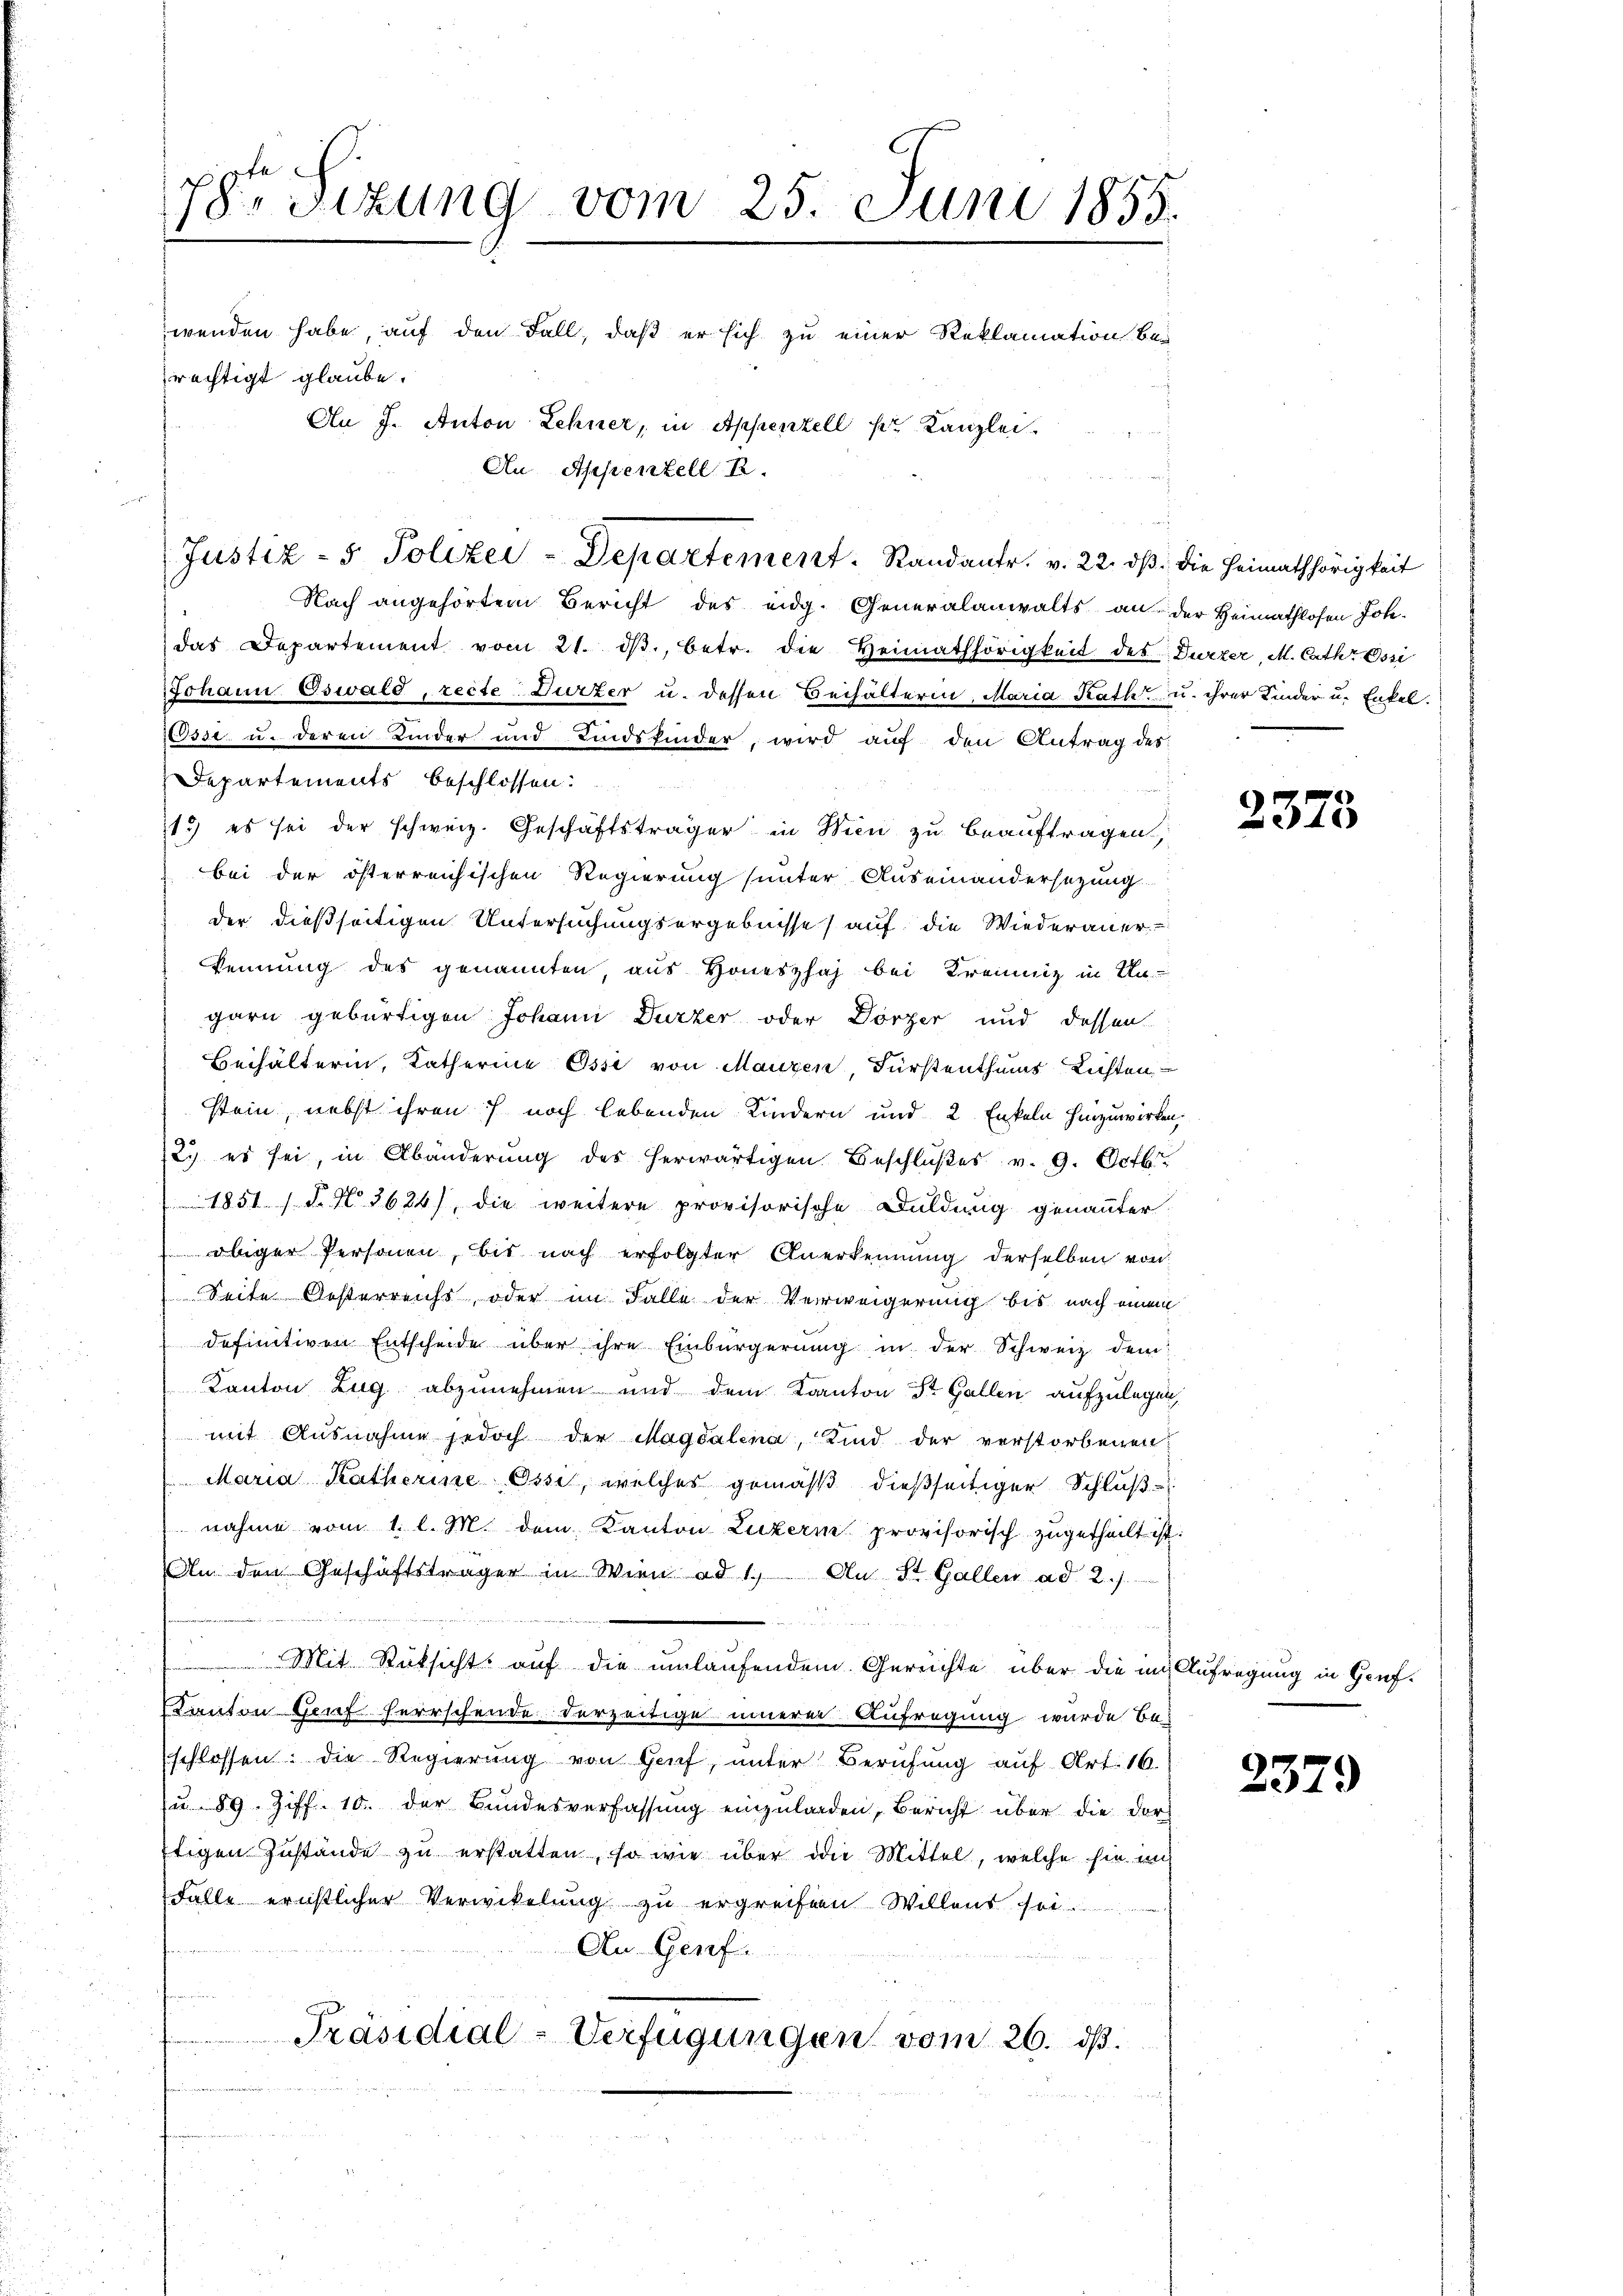
78 Sizung vom 25. Juni 1855.
11
wenden habe, auf den Fall, daß er sich zu einer Reklamation berechtigt glaube.
Au J. Anton Lehner, in Appenzell pr. Kanzlei.
An Appenzell B.

Nach angehörtem Bericht des eidg. Generalanwalts an der Heimathlosen Joh
das Departement vom 21. dβ., betr. die Heimathörigkeit des Durzer, M. Cath. Ossi
Johann Oswald, recte: Durzer u. dessen Beihälterin, Maria Rath, u. ihrer Kinder u. Enkel-
Ossi u. deren Kinder und Kindsfinder, wird auf den Antrag des
Departements beschlossen:
15) es sei der schweiz. Geschäftsträger in Wien zu beauftragen,
bei der österreichischen Regierung sunter Auseinandersezung
der dießseitigen Untersuchungsergebnisse auf die Wiederaner
kennung des genannten, aus Honeszhah bei Kreinig in Un-
garn gebürtigen Johann Durzer oder Dörzer und dessen
Beihälterin, Katherine Essi von Manzen, Fürstenthums Lichten
stein, nebst ihren 7 noch lebenden Kindern und 2. Enkeln hinzuwirken,
2. es sei, in Abänderung des herwärtigen Beschlußes v. 9. Octbr.
1851 / N. N. 3624), die weitere provisorische Duldung genannter
 obiger Personen, bis nach erfolgter Anerkennung derselben von
Seite Gesterreichs, oder im Falle der Verweigerung bis nach einem
definitiven Entscheide über ihre Einbürgerung in der Schweiz dem
Kanton Zug abzunehmen und dem Kanton St. Gallen aufzulegen,
mit Ausnahme jedoch der Magdalena, Kind der verstorbenen
 Maria Katherine Ossi, welches gemäß dießseitiger Schlußnahme vom 1. l. M. dem Kanton Luzern provisorisch zugetheilt ist.
An den Geschäftsträger in Wien ad 1. An St. Gallen ad 2.)
e
Mit Rüksicht auf die umlaufendem Gerichte über die im Aufregung in Genf¬
Kanton Genf herrschende derzeitige innerer Aufregung wurde be-
schlossen: die Regierung von Genf, unter Berufung auf Art. 16.
Ju. 89. Ziff. 10. der Bundesverfassung einzuladen, Bericht über die dor
ftigen Zustände zu erstatten, so wie über die Mittel, welche sie in
Falle ernstlicher Verwikelung zu ergreifen Willens sei
An Genf.
Präsidial-Verfügungen vom 26. ds.

Justiz- & Polizei-Departement. Randantr. v. 22. dβ die Heimathörigkeit

2375

2379